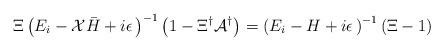
LaTeX: \begin{align*}\Xi\left(E_i - {\cal X}{\bar H}+i\epsilon\,\right)^{-1}\left(1-\Xi^{\dagger}{\cal A}^{\dagger}\right)=\left(E_i - H+i\epsilon\,\right)^{-1}\left(\Xi-1\right)\end{align*}